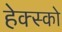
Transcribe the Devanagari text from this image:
हेक्स्को